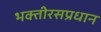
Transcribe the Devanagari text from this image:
भक्तीरसप्रधान